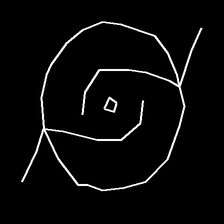
Glyph: repetition